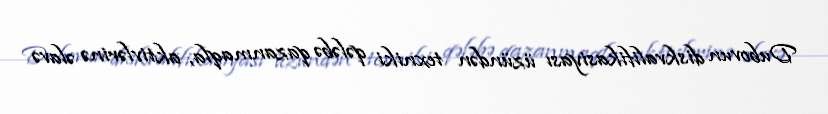
Dubovun diskvalifikasiyası üzündən texniki qələbə qazanmaqla, aktivlərinə əlavə